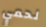
لحمي